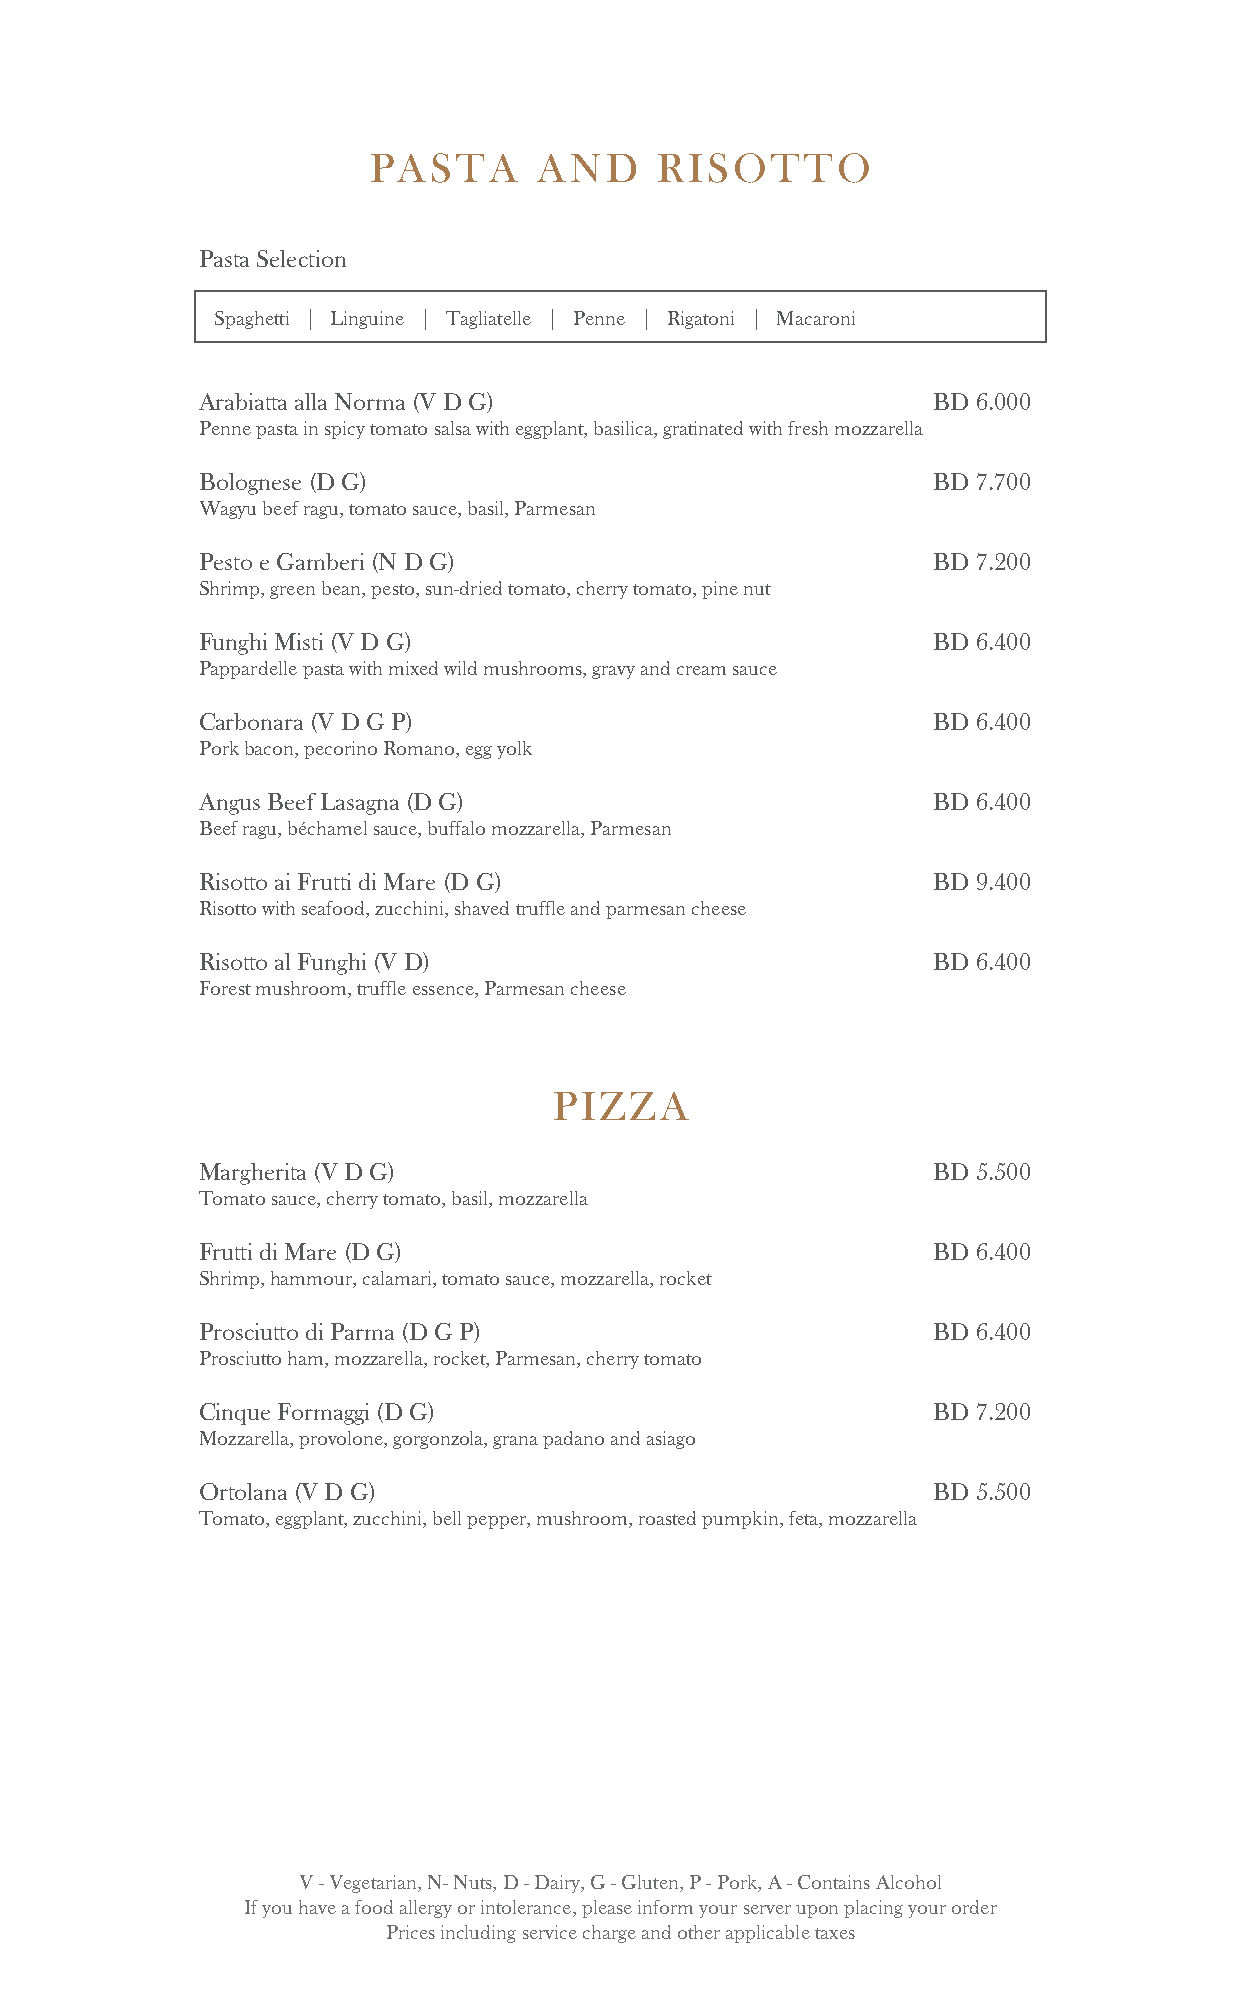
PASTA       AND    RISOTTO
 Pasta Selection
 Spaghetti | Linguine | Tagliatelle | Penne | Rigatoni | Macaroni
 Arabiatta alla Norma (V D G)                     BD 6.000
 Penne pasta in spicy tomato salsa with eggplant, basilica, gratinated with fresh mozzarella
 Bolognese (D G)                                  BD 7.700
 Wagyu beef ragu, tomato sauce, basil, Parmesan
 Pesto e Gamberi (N D G)                          BD 7.200
 Shrimp, green bean, pesto, sun-dried tomato, cherry tomato, pine nut
 Funghi Misti (V D G)                             BD 6.400
 Pappardelle pasta with mixed wild mushrooms, gravy and cream sauce
 Carbonara (V D G P)                              BD 6.400
 Pork bacon, pecorino Romano, egg yolk
 Angus Beef Lasagna (D G)                         BD 6.400
 Beef ragu, béchamel sauce, buffalo mozzarella, Parmesan
 Risotto ai Frutti di Mare (D G)                  BD 9.400
 Risotto with seafood, zucchini, shaved truffle and parmesan cheese
 Risotto al Funghi (V D)                          BD 6.400
 Forest mushroom, truffle essence, Parmesan cheese
 PIZZA
 Margherita (V D G)                               BD 5.500
 Tomato sauce, cherry tomato, basil, mozzarella
 Frutti di Mare (D G)                             BD 6.400
 Shrimp, hammour, calamari, tomato sauce, mozzarella, rocket
 Prosciutto di Parma (D G P)                      BD 6.400
 Prosciutto ham, mozzarella, rocket, Parmesan, cherry tomato
 Cinque Formaggi (D G)                            BD 7.200
 Mozzarella, provolone, gorgonzola, grana padano and asiago
 Ortolana (V D G)                                 BD 5.500
 Tomato, eggplant, zucchini, bell pepper, mushroom, roasted pumpkin, feta, mozzarella
 V - Vegetarian, N- Nuts, D - Dairy, G - Gluten, P - Pork, A - Contains Alcohol
 If you have a food allergy or intolerance, please inform your server upon placing your order
 Prices including service charge and other applicable taxes